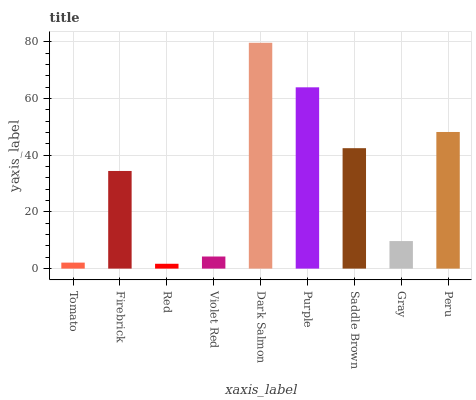
| xaxis_label | bars |
 | --- | --- |
 | Tomato | 2.12 |
 | Firebrick | 34.4 |
 | Red | 1.71 |
 | Violet Red | 4.27 |
 | Dark Salmon | 79.6 |
 | Purple | 63.9 |
 | Saddle Brown | 42.5 |
 | Gray | 9.71 |
 | Peru | 48.2 |